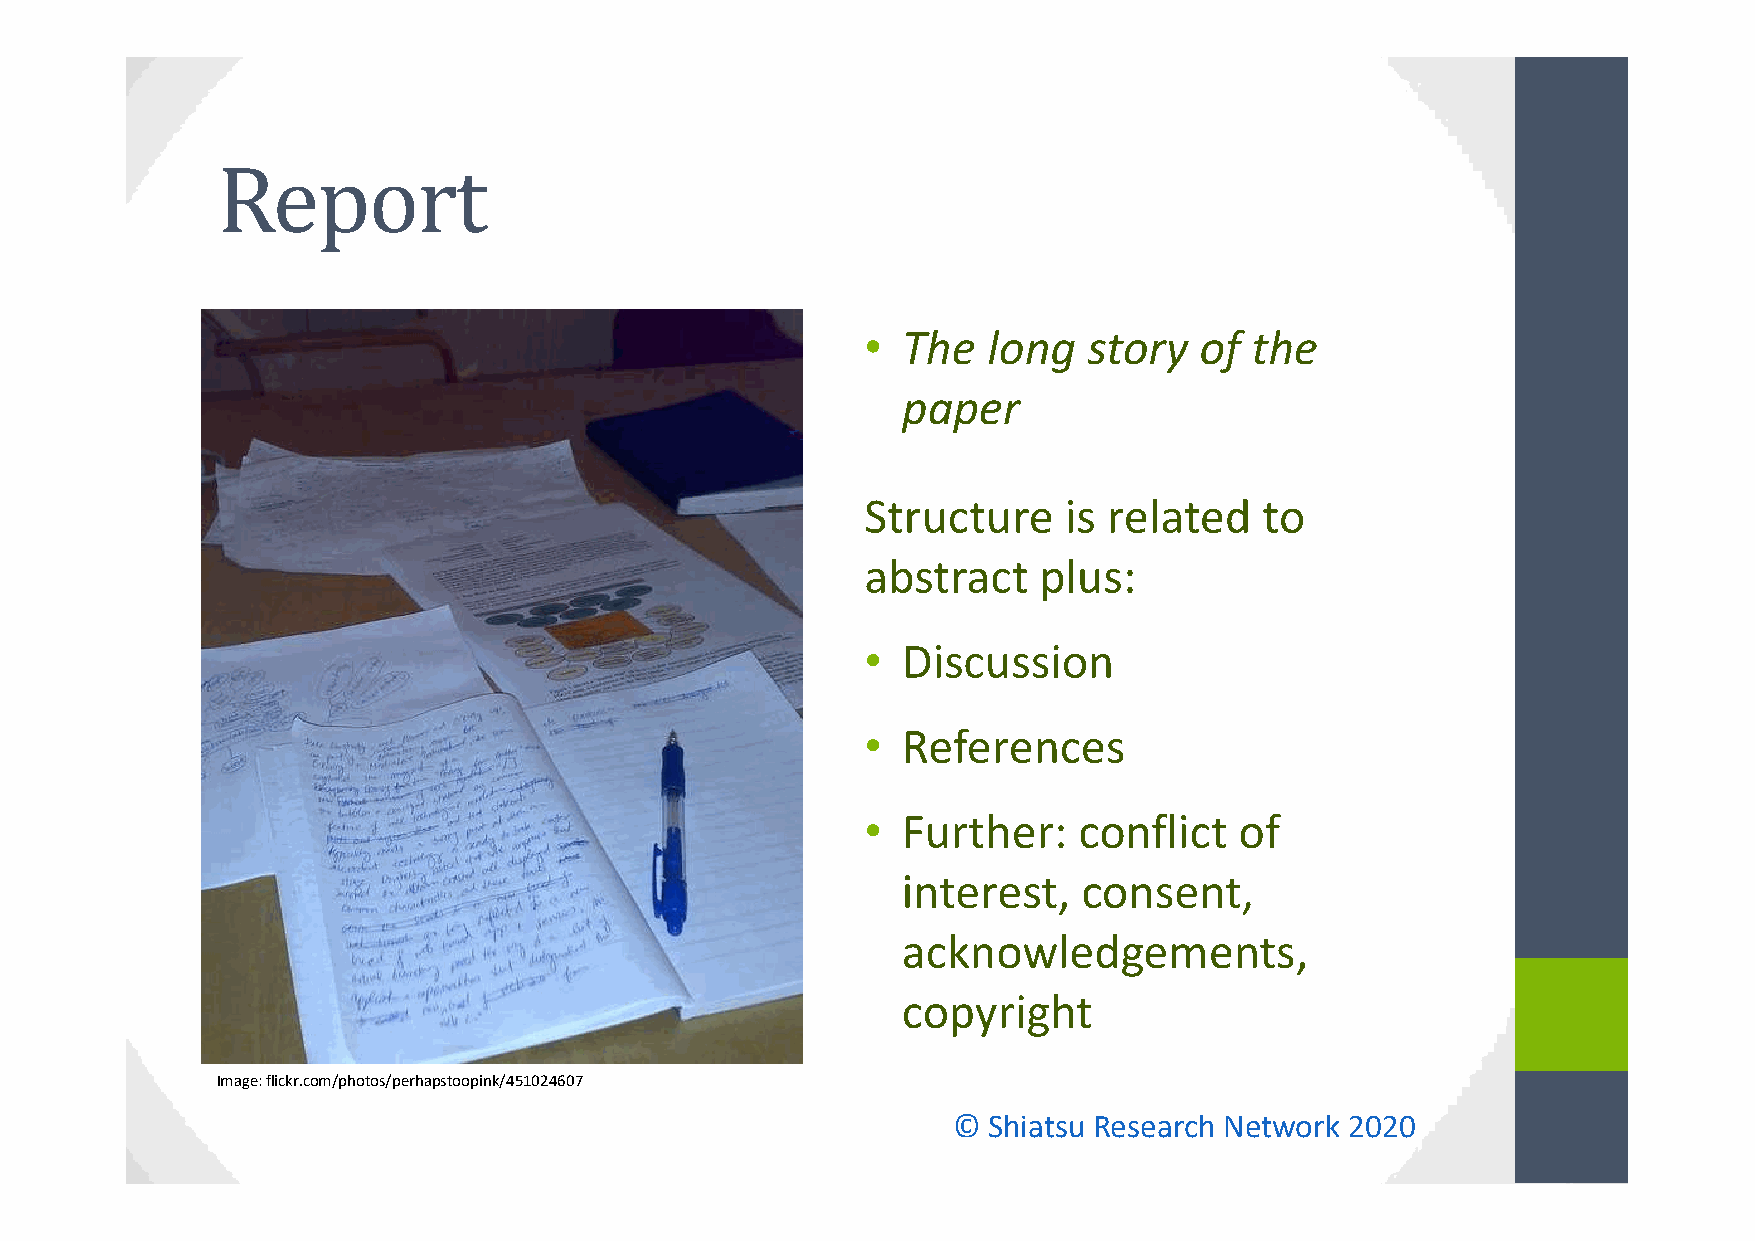
•  The  long   story  of  the
 paper
 Structure    is related    to
 abstract    plus:
 •  Discussion
 •  References
 •  Further:   conflict   of
 interest,   consent,
 acknowledgements,
 copyright
 Image: flickr.com/photos/perhapstoopink/451024607
 © Shiatsu Research Network 2020